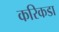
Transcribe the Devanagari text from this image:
करिकडा